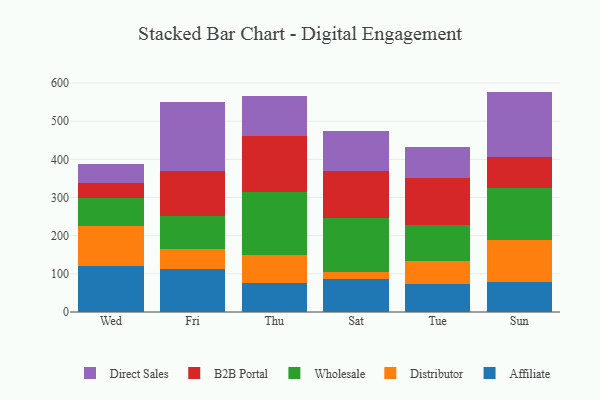
{"axis": {"x": "Day", "y": "Gross Profit (USD K)"}, "legend": ["Affiliate", "B2B Portal", "Direct Sales", "Distributor", "Wholesale"], "data": [{"x": "Wed", "y": 121.4, "type": "Affiliate"}, {"x": "Wed", "y": 102.9, "type": "Distributor"}, {"x": "Wed", "y": 74.6, "type": "Wholesale"}, {"x": "Wed", "y": 40.2, "type": "B2B Portal"}, {"x": "Wed", "y": 47.7, "type": "Direct Sales"}, {"x": "Fri", "y": 113.4, "type": "Affiliate"}, {"x": "Fri", "y": 50.9, "type": "Distributor"}, {"x": "Fri", "y": 86.9, "type": "Wholesale"}, {"x": "Fri", "y": 118.8, "type": "B2B Portal"}, {"x": "Fri", "y": 179.4, "type": "Direct Sales"}, {"x": "Thu", "y": 74.9, "type": "Affiliate"}, {"x": "Thu", "y": 74.6, "type": "Distributor"}, {"x": "Thu", "y": 165.9, "type": "Wholesale"}, {"x": "Thu", "y": 146.9, "type": "B2B Portal"}, {"x": "Thu", "y": 103.1, "type": "Direct Sales"}, {"x": "Sat", "y": 85.7, "type": "Affiliate"}, {"x": "Sat", "y": 18.0, "type": "Distributor"}, {"x": "Sat", "y": 141.6, "type": "Wholesale"}, {"x": "Sat", "y": 124.2, "type": "B2B Portal"}, {"x": "Sat", "y": 105.2, "type": "Direct Sales"}, {"x": "Tue", "y": 72.5, "type": "Affiliate"}, {"x": "Tue", "y": 62.0, "type": "Distributor"}, {"x": "Tue", "y": 93.2, "type": "Wholesale"}, {"x": "Tue", "y": 124.5, "type": "B2B Portal"}, {"x": "Tue", "y": 80.5, "type": "Direct Sales"}, {"x": "Sun", "y": 79.7, "type": "Affiliate"}, {"x": "Sun", "y": 107.7, "type": "Distributor"}, {"x": "Sun", "y": 137.6, "type": "Wholesale"}, {"x": "Sun", "y": 80.7, "type": "B2B Portal"}, {"x": "Sun", "y": 171.8, "type": "Direct Sales"}]}